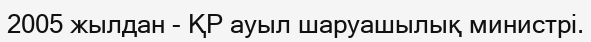
2005 жылдан - ҚР ауыл шаруашылық министрі.